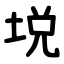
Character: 㙂